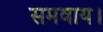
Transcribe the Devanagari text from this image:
समवाय।